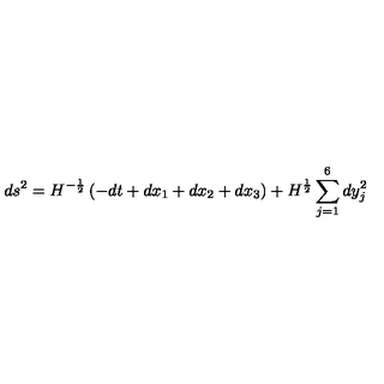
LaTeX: d s ^ { 2 } = H ^ { - \frac 1 2 } \left( - d t + d x _ { 1 } + d x _ { 2 } + d x _ { 3 } \right) + H ^ { \frac 1 2 } \sum _ { j = 1 } ^ { 6 } d y _ { j } ^ { 2 }